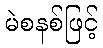
မဲစနစ်ဖြင့်